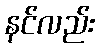
နင်လည်း